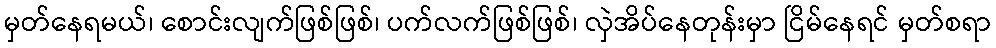
မှတ်နေရမယ်၊ စောင်းလျက်ဖြစ်ဖြစ်၊ ပက်လက်ဖြစ်ဖြစ်၊ လှဲအိပ်နေတုန်းမှာ ငြိမ်နေရင် မှတ်စရာ